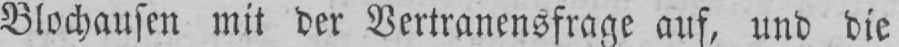
Blochausen mit der Vertranensfrage auf, und die